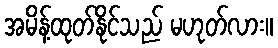
အမိန့်ထုတ်နိုင်သည် မဟုတ်လား။